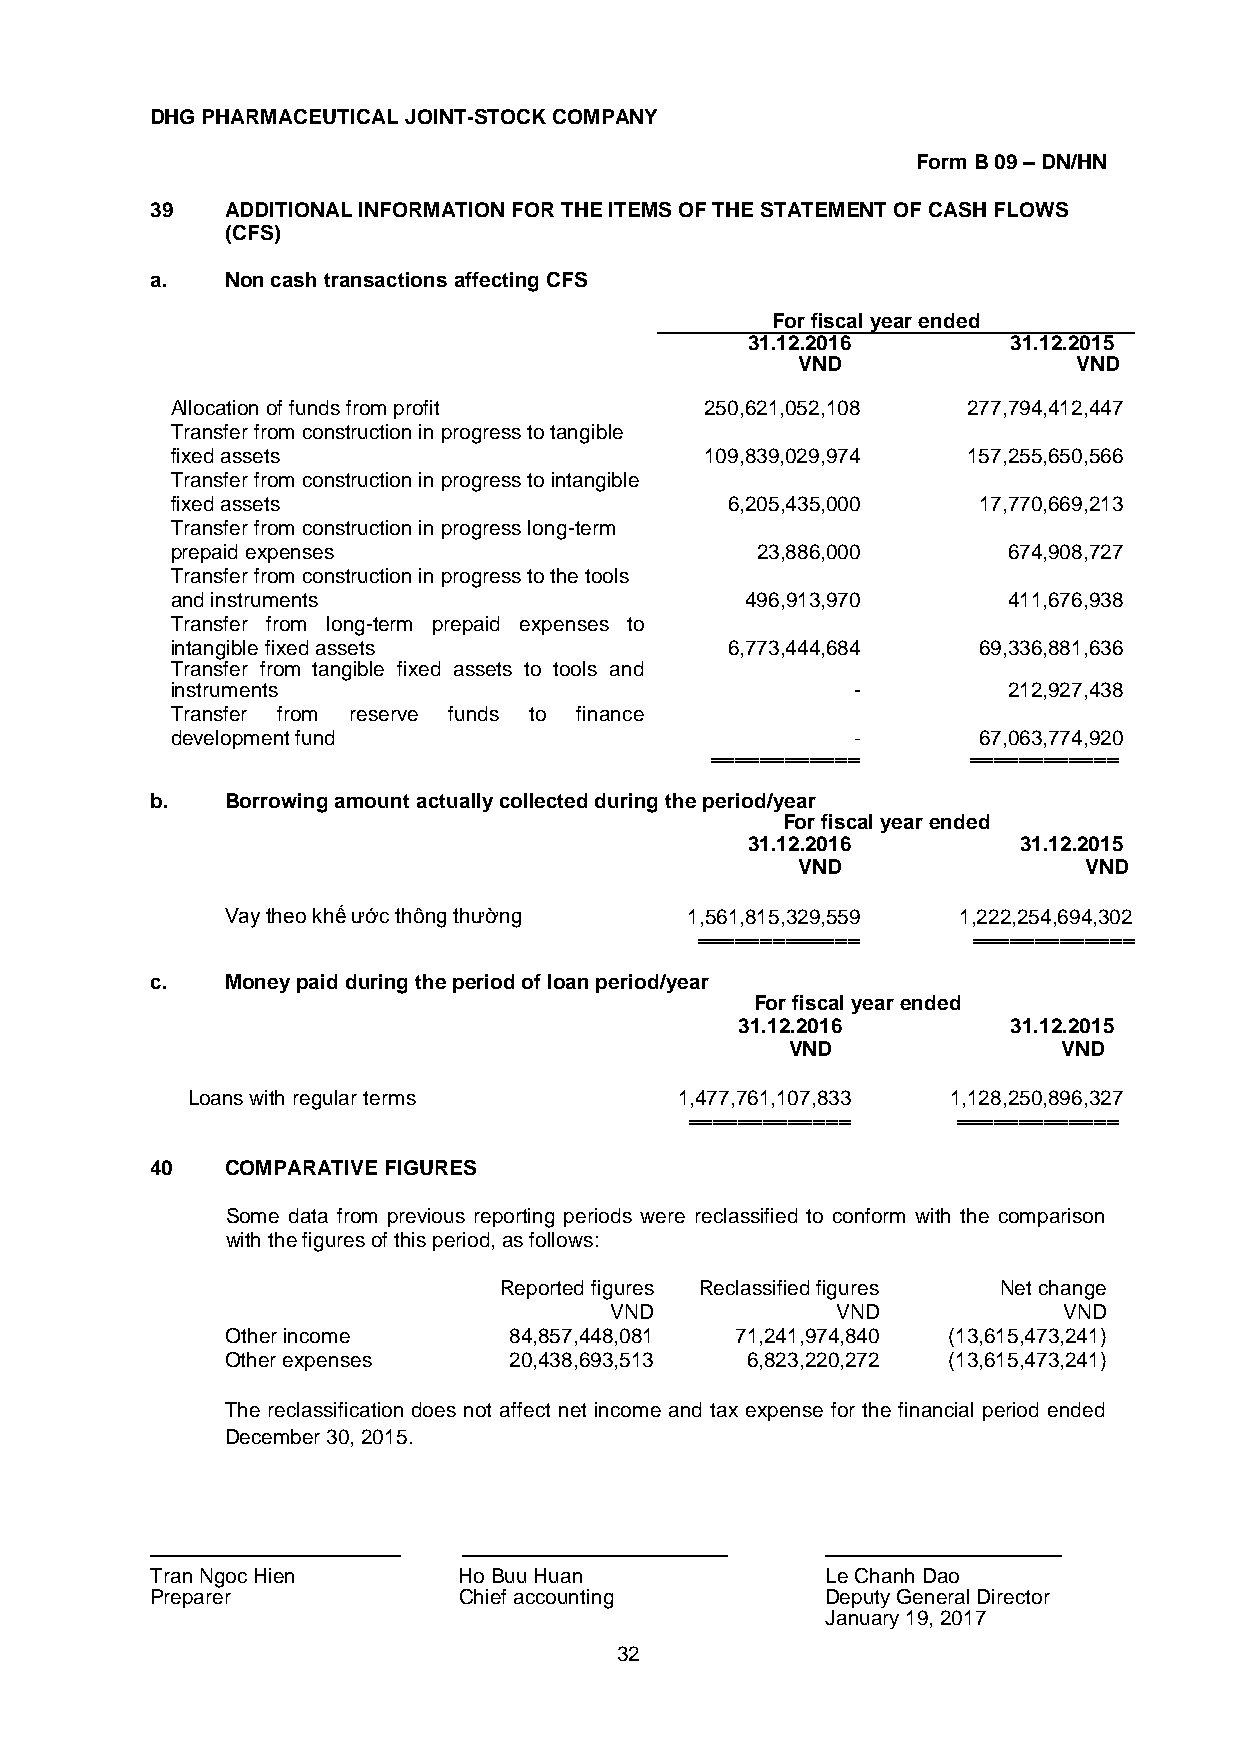
DHG PHARMACEUTICAL JOINT-STOCK COMPANY
 Form B 09 – DN/HN
 39   ADDITIONAL INFORMATION FOR THE ITEMS OF THE STATEMENT OF CASH FLOWS
 (CFS)
 a.   Non cash transactions affecting CFS
 For fiscal year ended
 31.12.2016        31.12.2015
 VND               VND
 Allocation of funds from profit     250,621,052,108  277,794,412,447
 Transfer from construction in progress to tangible
 fixed assets                        109,839,029,974  157,255,650,566
 Transfer from construction in progress to intangible
 fixed assets                         6,205,435,000    17,770,669,213
 Transfer from construction in progress long-term
 prepaid expenses                       23,886,000       674,908,727
 Transfer from construction in progress to the tools
 and instruments                       496,913,970       411,676,938
 Transfer from long-term prepaid expenses to
 intangible fixed assets              6,773,444,684    69,336,881,636
 Transfer from tangible fixed assets to tools and
 instruments                                   -         212,927,438
 Transfer from reserve funds to finance
 development fund                              -       67,063,774,920
 ════════════     ════════════
 b.   Borrowing amount actually collected during the period/year
 For fiscal year ended
 31.12.2016        31.12.2015
 VND                VND
 Vay theo khế ước thông thường 1,561,815,329,559 1,222,254,694,302
 ═════════════     ═════════════
 c.   Money paid during the period of loan period/year
 For fiscal year ended
 31.12.2016        31.12.2015
 VND               VND
 Loans with regular terms         1,477,761,107,833 1,128,250,896,327
 ═════════════    ═════════════
 40   COMPARATIVE FIGURES
 Some data from previous reporting periods were reclassified to conform with the comparison
 with the figures of this period, as follows:
 Reported figures Reclassified figures Net change
 VND            VND            VND
 Other income       84,857,448,081 71,241,974,840 (13,615,473,241)
 Other expenses     20,438,693,513 6,823,220,272 (13,615,473,241)
 The reclassification does not affect net income and tax expense for the financial period ended
 December 30, 2015.
 ─────────────────    ──────────────────      ────────────────
 Tran Ngoc Hien      Ho Buu Huan              Le Chanh Dao
 Preparer            Chief accounting         Deputy General Director
 January 19, 2017
 32